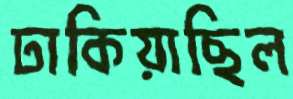
ঢাকিয়াছিল